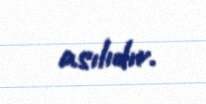
asılıdır.